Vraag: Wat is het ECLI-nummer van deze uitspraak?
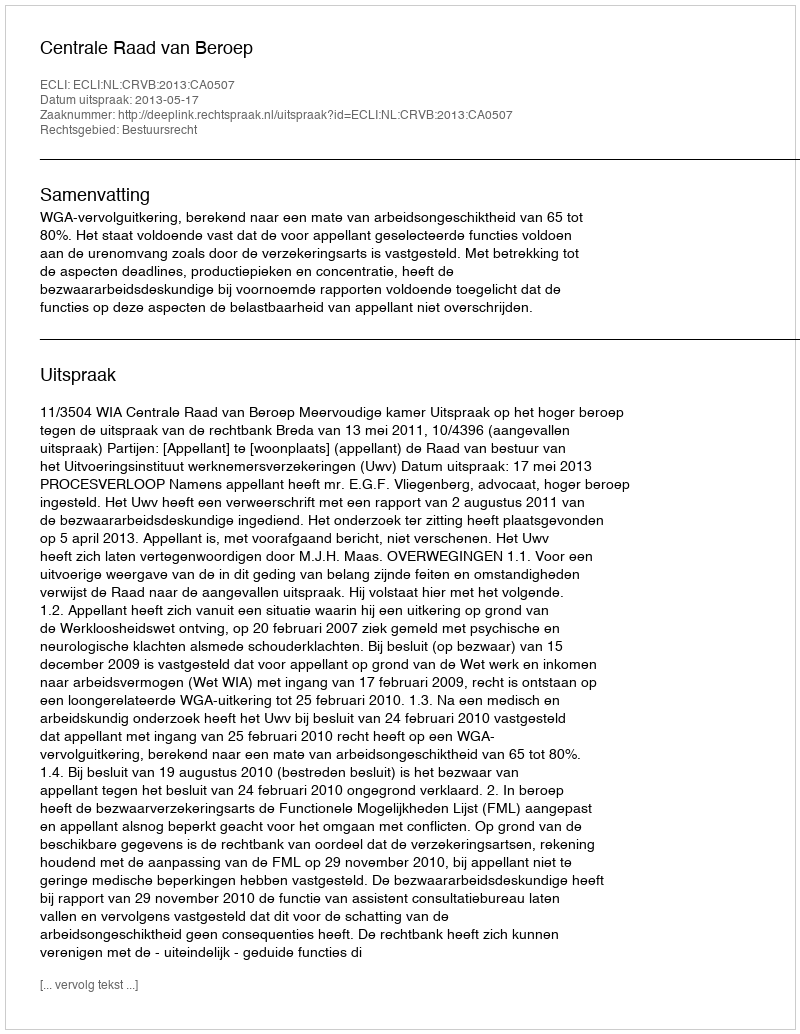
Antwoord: ECLI:NL:CRVB:2013:CA0507